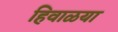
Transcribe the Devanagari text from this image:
हिवाळया